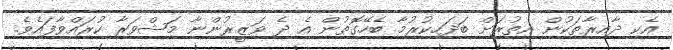
އެކި ދާއިރާތަކުން އިތުރަށް ބަދަހިކުރުމާ ބެހޭގޮތުން އެ ދެ ވަޒީރުންނާ މަޝްވަރާ ކުރައްވާފައެވެ.